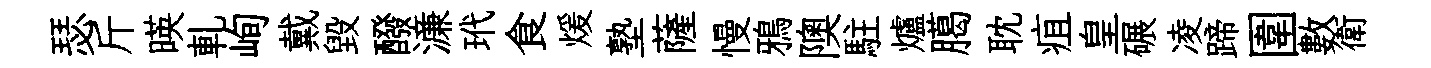
瑟斤暎軋峋戴毁醱濓玳食煖塾薩慢鴉隩駐爐臈耽疽皇碾凌蹄圍數衛